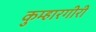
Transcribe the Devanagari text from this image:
कुम्हारगीरी